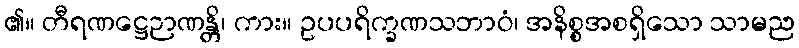
၏။ တီရဏဋ္ဌေဉာဏန္တိ၊ ကား။ ဥပပရိက္ခဏသဘာဝံ၊ အနိစ္စအစရှိသော သာမည